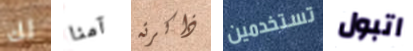
لك آمنا ذاكرته تستخدمين اتبول